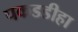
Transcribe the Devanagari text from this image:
पकडडीहा